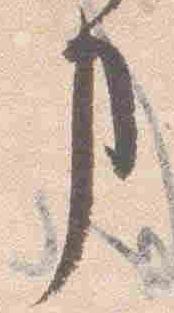
事